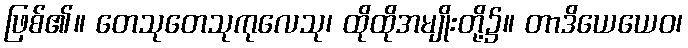
ဖြစ်၏။ တေသုတေသုကုလေသု၊ ထိုထိုအမျိုးတို့၌။ တာဒိယေယေဝ၊